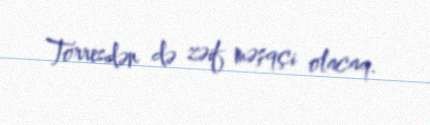
Torresdən də zəif məşqçi olacaq.